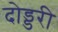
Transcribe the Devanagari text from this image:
दोड्डरी